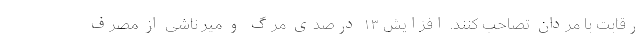
رقابت با مردان تصاحب کنند. افزایش ۱۳ درصدی مرگ و میر ناشی از مصرف